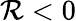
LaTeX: \mathcal{R}<0